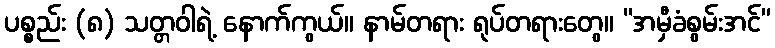
ပစ္စည်း (၈) သတ္တဝါရဲ့ နောက်ကွယ်။ နာမ်တရား ရုပ်တရားတွေ။ “အမှီခံစွမ်းအင်”